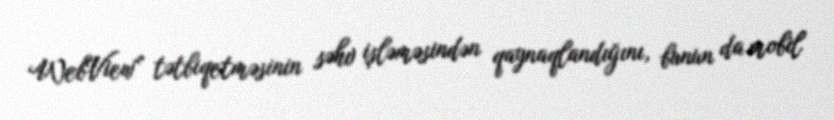
WebView” tətbiqetməsinin səhv işləməsindən qaynaqlandığını, bunun da mobil